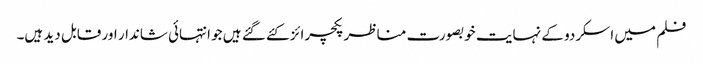
فلم میں اسکردو کے نہایت خوبصورت مناظر پکچرائز کئے گئے ہیں جو انتہائی شاندار اور قابل دید ہیں۔